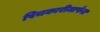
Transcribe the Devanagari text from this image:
पिचकारीमार्फत